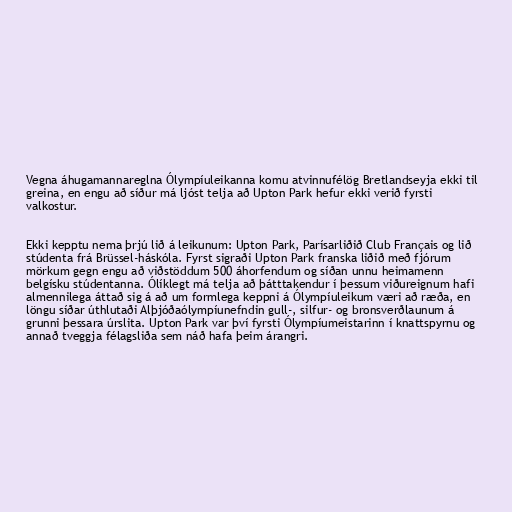
Vegna áhugamannareglna Ólympíuleikanna komu atvinnufélög Bretlandseyja ekki til
greina, en engu að síður má ljóst telja að Upton Park hefur ekki verið fyrsti
valkostur.

Ekki kepptu nema þrjú lið á leikunum: Upton Park, Parísarliðið Club Français og lið
stúdenta frá Brüssel-háskóla. Fyrst sigraði Upton Park franska liðið með fjórum
mörkum gegn engu að viðstöddum 500 áhorfendum og síðan unnu heimamenn
belgísku stúdentanna. Ólíklegt má telja að þátttakendur í þessum viðureignum hafi
almennilega áttað sig á að um formlega keppni á Ólympíuleikum væri að ræða, en
löngu síðar úthlutaði Alþjóðaólympíunefndin gull-, silfur- og bronsverðlaunum á
grunni þessara úrslita. Upton Park var því fyrsti Ólympíumeistarinn í knattspyrnu og
annað tveggja félagsliða sem náð hafa þeim árangri.